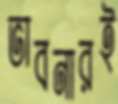
ভাবনারই